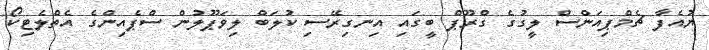
ޔުއެފާ ޗެމްޕިއަންސް ލީގުގެ ގްރޫޕް ބީގައި އިނގިރޭސި ކުލަބް ލިވަޕޫލުން ސްޕެއިންގެ އެތްލެޓިކޯ